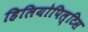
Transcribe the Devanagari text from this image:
हिलियोपिल्टिस